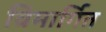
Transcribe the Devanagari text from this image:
विमार्गित